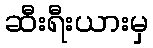
ဆီးရီးယားမှ